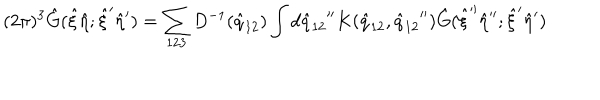
LaTeX: ( 2 \pi ) ^ { 3 } { \hat { G } } ( { \hat { \xi } } { \hat { \eta } } ; { \hat { \xi } } ^ { \prime } { \hat { \eta } } ^ { \prime } ) = \sum _ { 1 2 3 } D ^ { - 1 } ( { \hat { q } } _ { 1 2 } ) \int d { { \hat { q } } _ { 1 2 } } ^ { \prime \prime } K ( { \hat { q } } _ { 1 2 } , { { \hat { q } } _ { 1 2 } } ^ { \prime \prime } ) { \hat { G } } ( { \hat { \xi } } ^ { \prime \prime } { \hat { \eta } } ^ { \prime \prime } ; { \hat { \xi } } ^ { \prime } { \hat { \eta } } ^ { \prime } )